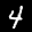
Label: 4